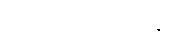
မူယာထင်မိလေ၏။